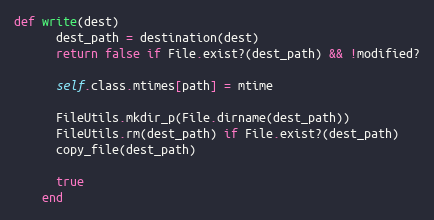
Language: Ruby
def write(dest)
      dest_path = destination(dest)
      return false if File.exist?(dest_path) && !modified?

      self.class.mtimes[path] = mtime

      FileUtils.mkdir_p(File.dirname(dest_path))
      FileUtils.rm(dest_path) if File.exist?(dest_path)
      copy_file(dest_path)

      true
    end